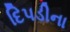
દિપડીના